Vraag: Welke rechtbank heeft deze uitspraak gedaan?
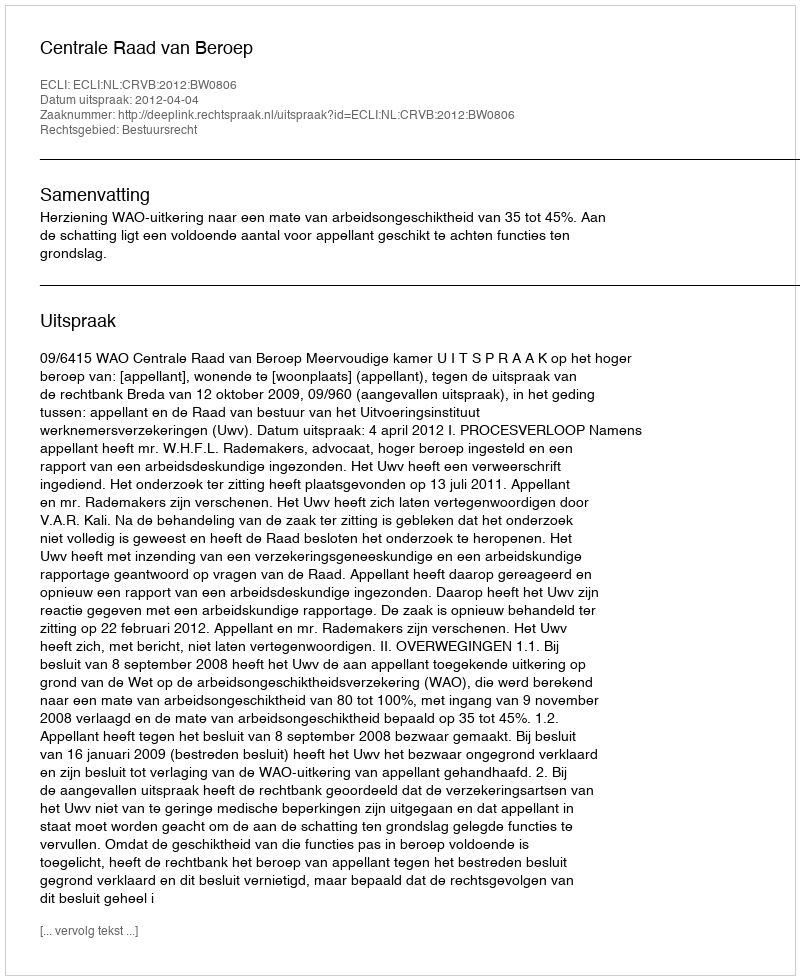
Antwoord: Centrale Raad van Beroep